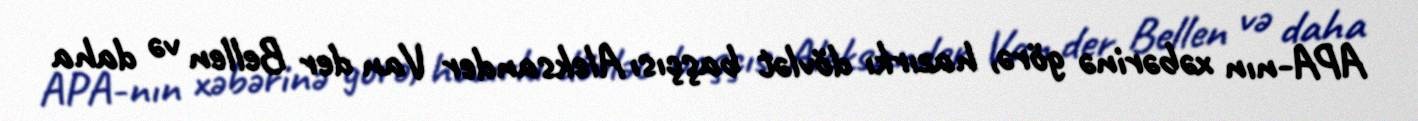
APA-nın xəbərinə görə, hazırkı dövlət başçısı Aleksander Van der Bellen və daha